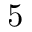
5